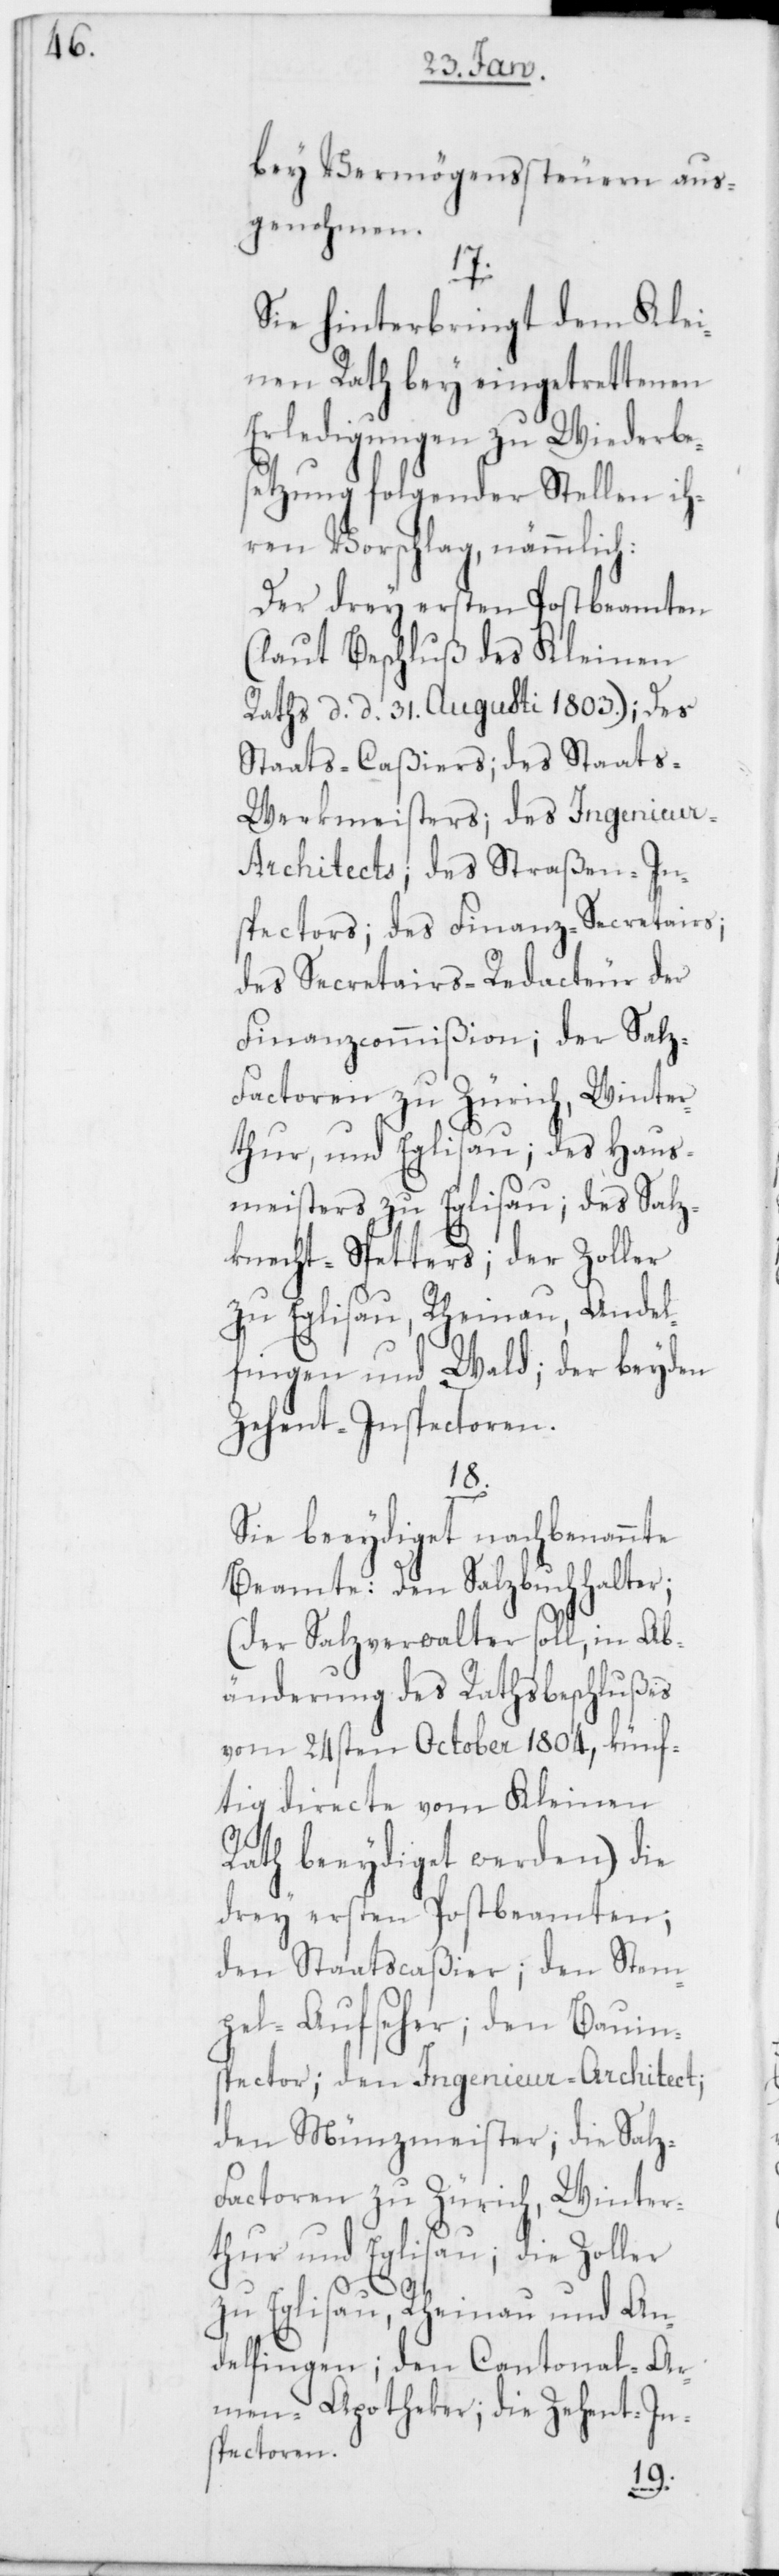
bey Vermögenssteuern aus¬
genohmen.
17.
Sie hinterbringt dem Klei¬
nen Rath bey eingetrettenen
Erledigungen zu Wiederbe¬
setzung folgender Stellen ih¬
ren Vorschlag, nämmlich:
Der drey ersten Postbeamten
(laut Beschluß des Kleinen
Raths, d. d. 31. Augusti 1803.); des
Staats-Caßiers; des Staats-W¬
erkmeisters; des Ingenieu¬
r-Architects; des Straßen-In¬
spectors; des Finanz-Secretairs;
des Secretairs-Redacteur der
Finanzcommißion; der Salz-F¬
actoren zu Zürich, Winter¬
thur, und Eglisau; des Haus¬
meisters zu Eglisau; des Salz¬
knecht-Spetters; der Zoller
zu Eglisau, Rheinau, Andel¬
fingen und Wald; der beyden
Zehent-Inspectoren.
18.
Sie beeydiget nachbenannte
Beamte: Den Salzbuchhalter;
(der Salzverwalter soll, in Ab¬
änderung des Rathsbeschlußes
vom 24sten October 1804, künf¬
tig directe vom Kleinen
Rath beeydiget werden); die
drey ersten Postbeamten;
den Staatscaßier; den Stem¬
pel-Aufseher; den Bauin¬
spector; den Ingenieur-Architect;
den Münzmeister; die Salz-F¬
actoren zu Zürich, Winter¬
thur und Eglisau; die Zoller
zu Eglisau, Rheinau und An¬
delfingen; den Cantonal-Ar¬
men-Apotheker; die Zehent-In¬
spectoren.